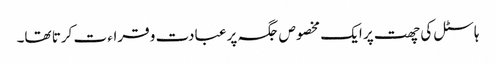
ہاسٹل کی چھت پر ایک مخصوص جگہ پر عبادت و قراء ت کرتا تھا۔